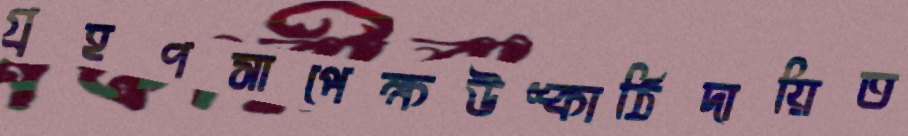
গ্রহণসাপেক্ষউশ্কাঠিদায়িত